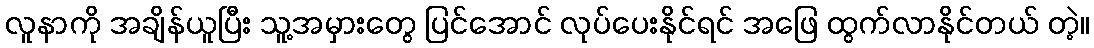
လူနာကို အချိန်ယူပြီး သူ့အမှားတွေ ပြင်အောင် လုပ်ပေးနိုင်ရင် အဖြေ ထွက်လာနိုင်တယ် တဲ့။